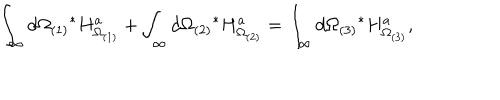
LaTeX: \int _ { \infty } d \Omega _ { ( 1 ) } { } ^ { * } H _ { \Omega _ { ( 1 ) } } ^ { a } + \int _ { \infty } d \Omega _ { ( 2 ) } { } ^ { * } H _ { \Omega _ { ( 2 ) } } ^ { a } = \int _ { \infty } d \Omega _ { ( 3 ) } { } ^ { * } H _ { \Omega _ { ( 3 ) } } ^ { a } ,